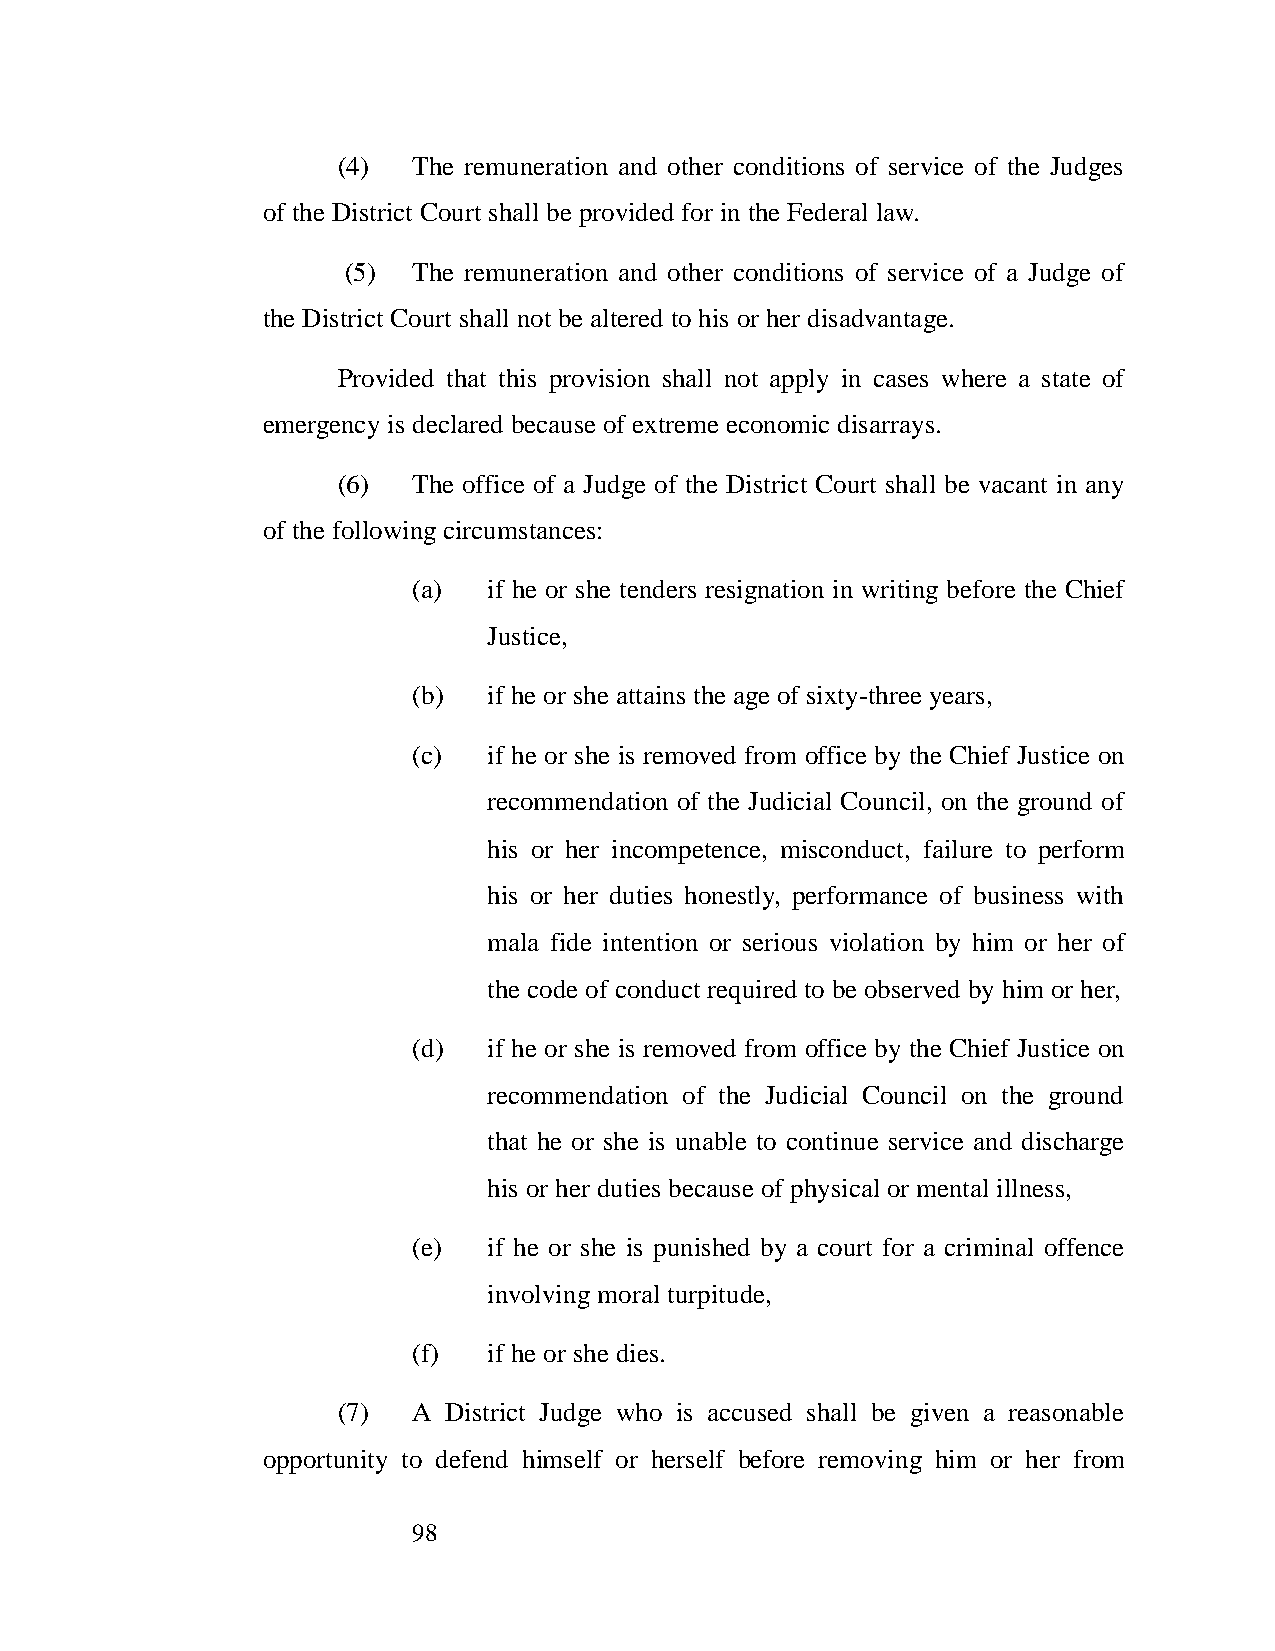
(4)  The remuneration and other conditions of service of the Judges
 of the District Court shall be provided for in the Federal law.
 (5) The remuneration and other conditions of service of a Judge of
 the District Court shall not be altered to his or her disadvantage.
 Provided that this provision shall not apply in cases where a state of
 emergency is declared because of extreme economic disarrays.
 (6)  The office of a Judge of the District Court shall be vacant in any
 of the following circumstances:
 (a)  if he or she tenders resignation in writing before the Chief
 Justice,
 (b)  if he or she attains the age of sixty-three years,
 (c)  if he or she is removed from office by the Chief Justice on
 recommendation of the Judicial Council, on the ground of
 his or her incompetence, misconduct, failure to perform
 his or her duties honestly, performance of business with
 mala fide intention or serious violation by him or her of
 the code of conduct required to be observed by him or her,
 (d)  if he or she is removed from office by the Chief Justice on
 recommendation of the Judicial Council on the ground
 that he or she is unable to continue service and discharge
 his or her duties because of physical or mental illness,
 (e)  if he or she is punished by a court for a criminal offence
 involving moral turpitude,
 (f)  if he or she dies.
 (7)  A District Judge who is accused shall be given a reasonable
 opportunity to defend himself or herself before removing him or her from
 98